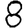
Digit: 8